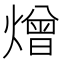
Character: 熷